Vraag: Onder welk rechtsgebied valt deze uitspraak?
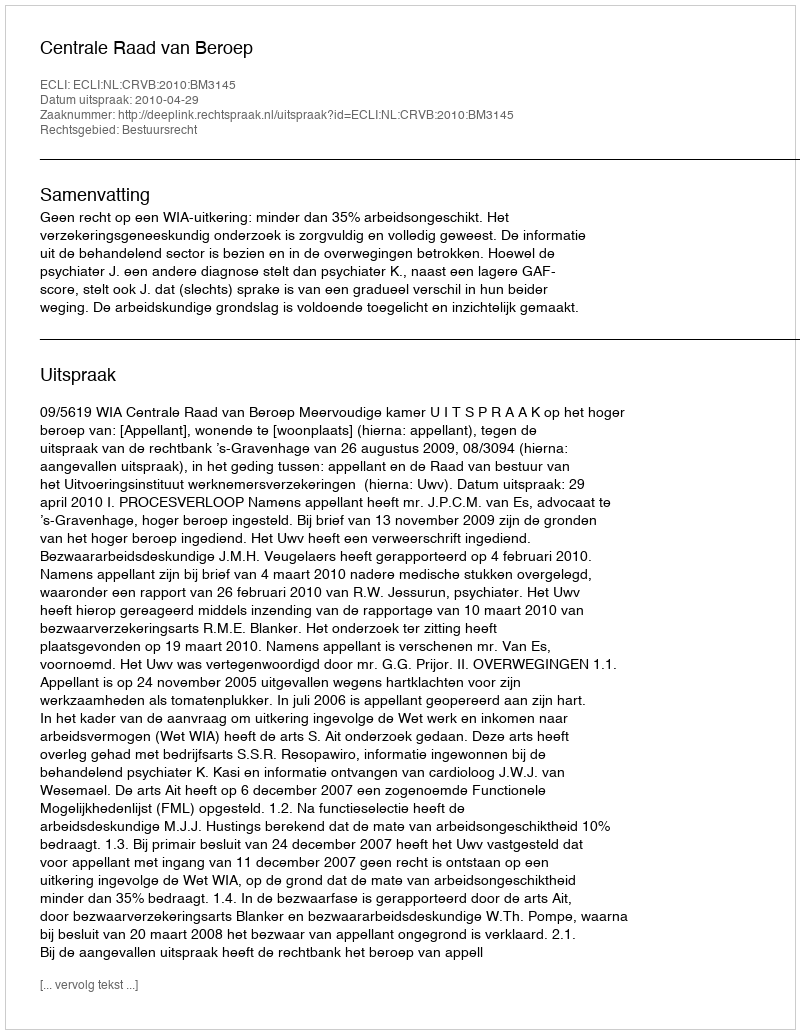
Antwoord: Bestuursrecht